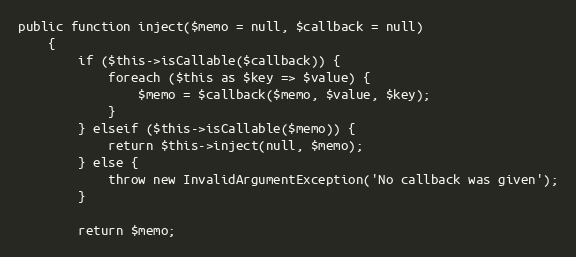
Language: PHP
public function inject($memo = null, $callback = null)
    {
        if ($this->isCallable($callback)) {
            foreach ($this as $key => $value) {
                $memo = $callback($memo, $value, $key);
            }
        } elseif ($this->isCallable($memo)) {
            return $this->inject(null, $memo);
        } else {
            throw new InvalidArgumentException('No callback was given');
        }

        return $memo;